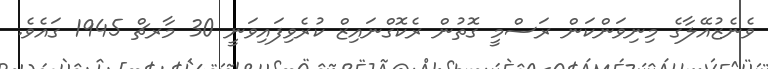
ވެނެޒުއޭލާގެ މިނިވަންކަން ރަސްމީ ގޮތުން ރެކޮގްނައިޒް ކުރެވިފައިވަނީ 30 މާރޗް 1945 ގައެވެ.